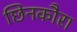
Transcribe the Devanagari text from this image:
छिनकौरा